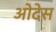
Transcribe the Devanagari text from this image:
ओदेस